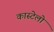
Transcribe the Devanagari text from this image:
कास्टेलो